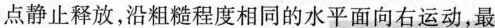
点静止释放，沿粗糙程度相同的水平面向右运动，最